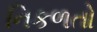
નિકળતો